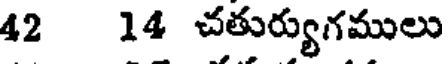
42 14 చతుర్యుగములు